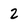
Character: 2